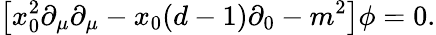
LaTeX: \left[x_{0}^{2}\partial_{\mu}\partial_{\mu}-x_{0}(d-1)\partial_{0}-m^{2}\right]\phi=0.